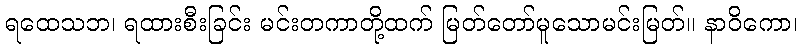
ရထေသဘ၊ ရထားစီးခြင်း မင်းတကာတို့ထက် မြတ်တော်မူသောမင်းမြတ်။ နာဝိကော၊